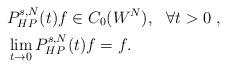
LaTeX: \begin{align*}& P^{s,N}_{HP}(t)f\in C_0(W^N), \ \ \forall t>0 \ ,\\& \lim_{t\to 0}P^{s,N}_{HP}(t)f=f.\end{align*}